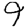
Digit: 9